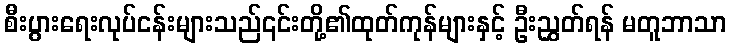
စီးပွားရေးလုပ်ငန်းများသည်၎င်းတို့၏ထုတ်ကုန်များနှင့် ဦးညွှတ်ရန် မတူဘာသာ